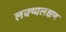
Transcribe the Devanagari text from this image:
लक्ष्यलक्षण